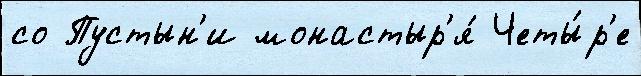
со Пустын'и монастыр'я́ Четы́р'е